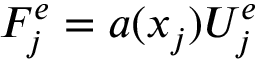
F _ { j } ^ { e } = a ( x _ { j } ) U _ { j } ^ { e }